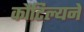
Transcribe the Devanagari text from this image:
कौटिल्‍यने